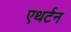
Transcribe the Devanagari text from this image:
एथर्टन